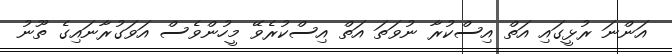
އަންނަ ރުޅީގައި އަތް އިސްކުރާ ނުވަތަ އަތް އިސްކުރެވޭ މީހުންވެސް އަވަގުރާނައިގެ ތޫނު